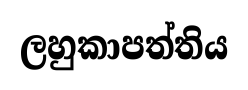
ලහුකාපත්තිය